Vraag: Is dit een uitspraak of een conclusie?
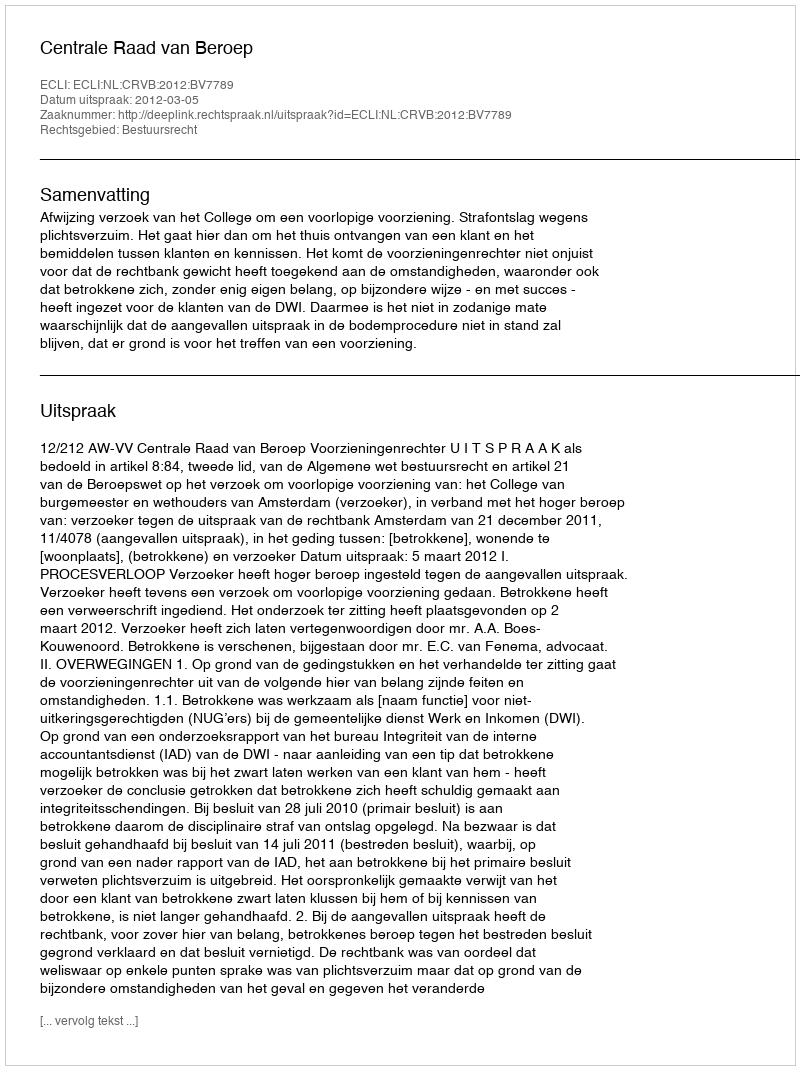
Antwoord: Uitspraak